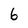
Character: 6